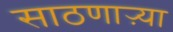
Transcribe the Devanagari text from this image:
साठणाऱ्या